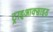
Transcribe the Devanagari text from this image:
ट्राइआक्साइड